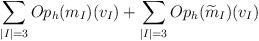
LaTeX: \begin{align*}\sum_{|I|=3}Op_h(m_I)(v_I) + \sum_{|I|=3}Op_h(\widetilde{m}_I)(v_I)\end{align*}